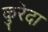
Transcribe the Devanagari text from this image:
कुरेदा